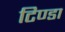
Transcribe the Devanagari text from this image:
टिण्डा